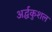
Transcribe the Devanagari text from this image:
अर्द्धकुशल